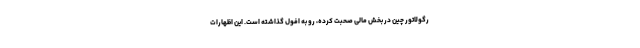
رگولاتور چین در بخش مالی صحبت کرده، رو به افول گذاشته است. این اظهارات